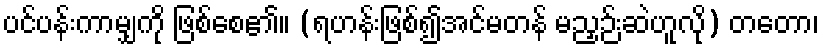
ပင်ပန်းကာမျှကို ဖြစ်စေ၏။ (ရဟန်းဖြစ်၍အင်မတန် မညှဉ်းဆဲဟူလို) တတော၊